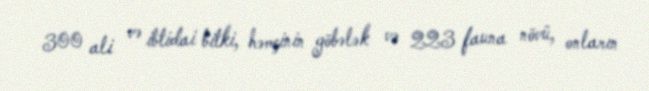
300 ali və ibtidai bitki, həmçinin göbələk və 223 fauna növü, onların